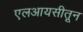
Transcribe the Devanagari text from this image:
एलआयसीतून